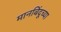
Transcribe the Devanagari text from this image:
मानबिंदूच्या